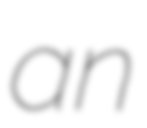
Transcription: an